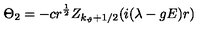
\Theta _ { 2 } = - c r ^ { \frac 1 2 } Z _ { k _ { \vartheta } + 1 / 2 } ( i ( \lambda - g E ) r )